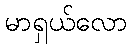
မာရှယ်လော